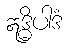
ဣဒ္ဓိပါဒံ